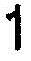
1